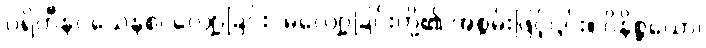
ပရိဟီနဝသေနစ၊ လျော့ခြင်း, မလျော့ခြင်းတို့၏ အစွမ်းဖြင့်၎င်း။ ဝိနိစ္ဆယော၊